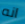
انه